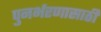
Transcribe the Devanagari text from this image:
पुनर्भरणासाठी